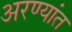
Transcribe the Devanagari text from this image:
अरण्यांत